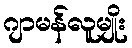
ဂျာမန်လူမျိုး